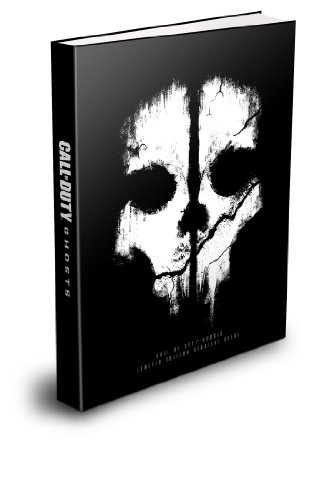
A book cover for Call of Duty: Ghosts Limited Edition Strategy Guide; BradyGames; Humor & Entertainment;